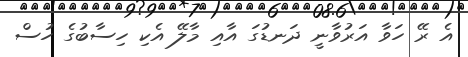
އެ ރޭ ހަވާ އަރުވާނީ ދަނޑުގަ އާއި މާލޭ އެކި ހިސާބުގެ ހުސް